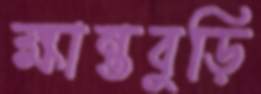
ক্ষান্তবুড়ি